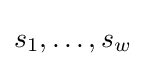
s_{1},\dots ,s_{w}